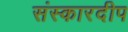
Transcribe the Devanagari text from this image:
संस्कारदीप